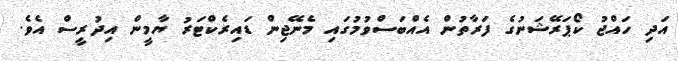
އަދި ހައްޖު ކޯޕަރޭޝަނުގެ ފަރާތުން އެއްބަސްވުމުގައި މެނޭޖިން ޑައިރެކްޓަރު ޔާމީން އިދުރީސް އެވެ.